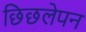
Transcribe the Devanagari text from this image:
छिछलेपन